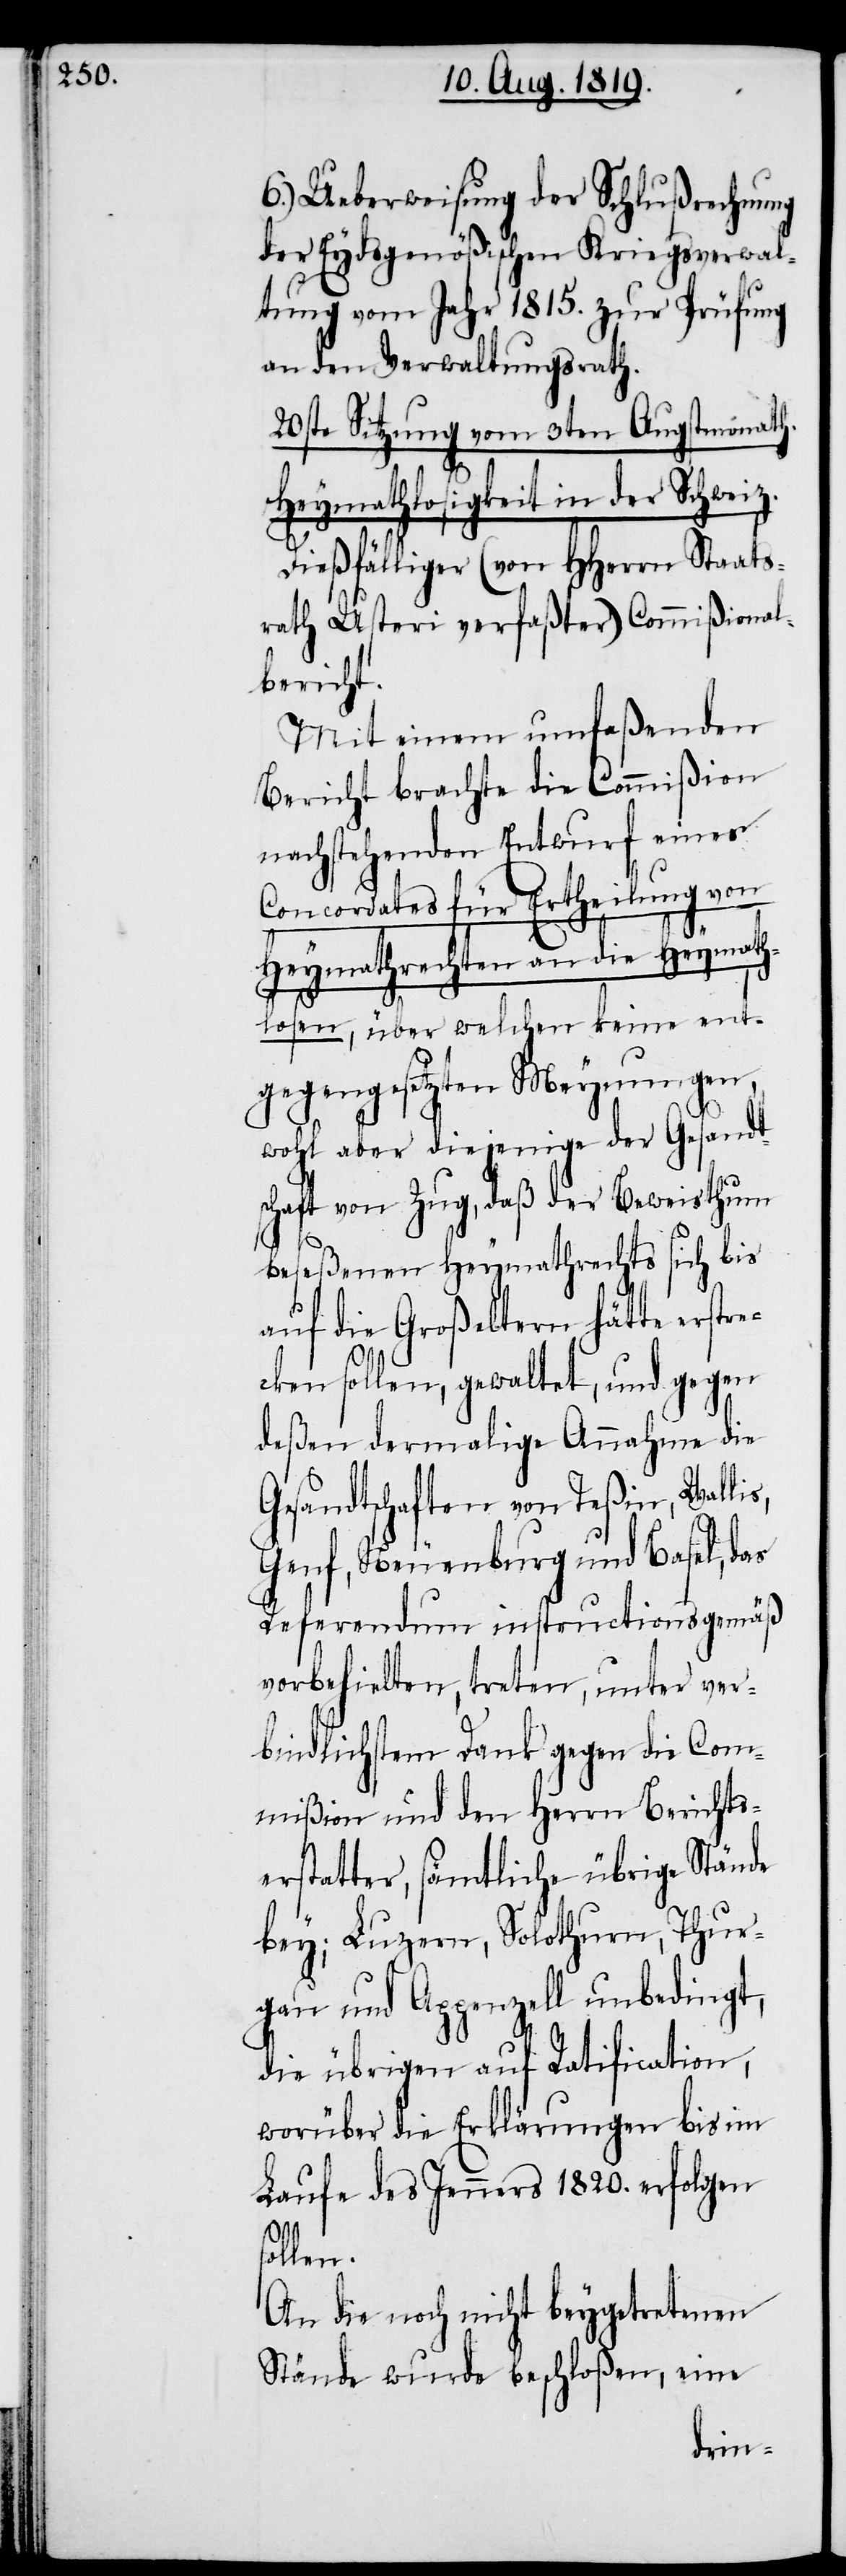
6.) Ueberweisung der Schlußrechnung
der Eydsgenößischen Kriegsverwal¬
tung vom Jahr 1815. zur Prüfung
an den Verwaltungsrath.
20ste Sitzung vom 3ten Augstmonath.
Heymathlosigkeit in der Schweiz.
Dießfälliger (von HHerrn Staats¬
rath Usteri verfaßter) Commißional¬
bericht.
Mit einem umfaßenden
Bericht brachte die Commißion
nachstehenden Entwurf eines
Concordates für Ertheilung von
Heymathrechten an die Heymath¬
losen, über welchen keine ent¬
gegengesetzten Meynungen,
wohl aber diejenige der Gesandt¬
schaft von Zug, daß der Beweisthum
beseßenen Heymathrechts sich bis
auf die Großeltern hätte erstr¬
cken sollen, gewaltet, und gegen
deßen dermalige Annahme die
Gesandtschaften von Teßin, Wallis,
Genf, Neuenburg und Basel, das
Referendum instructionsgemäß
vorbehielten, treten, unter ver¬
bindlichstem Dank gegen die Com¬
mißion und den Herrn Berichts¬
erstatter, sämtliche übrige Stände
bey; Luzern, Solothurn, Thur¬
gau und Appenzell unbedingt,
die übrigen auf Ratification,
worüber die Erklärungen bis im
Laufe des Jenners 1820. erfolgen
sollen.
An die noch nicht beygetretenen
Stände wurde beschloßen, eine